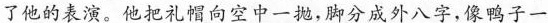
了他的表演。他把礼帽像空中一抛，脚分成外八字，像鸭子一